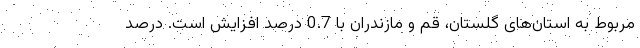
مربوط به استان‌های گلستان، قم و مازندران با 0.7 درصد افزایش است. درصد